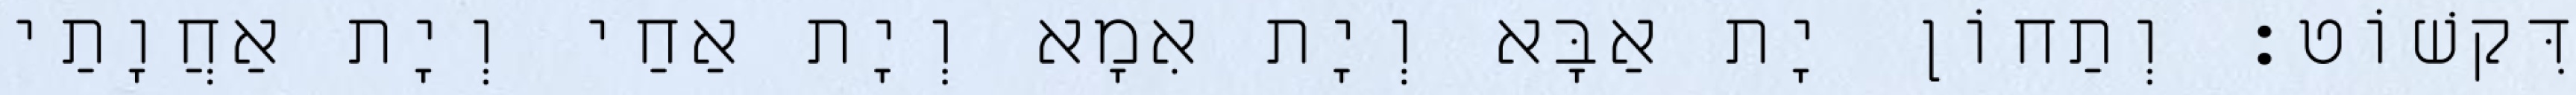
דִּקשׁוֹט׃ וְתַחוֹן יָת אַבָּא וְיָת אִמָא וְיָת אַחַי וְיָת אַחֲוָתַי